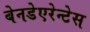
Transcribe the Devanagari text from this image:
बेनडेएरेन्टेस